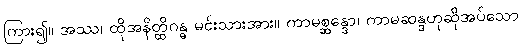
ကြား၍။ အဿ၊ ထိုအနိတ္ထိဂန္ဓ မင်းသားအား။ ကာမစ္ဆန္ဒော၊ ကာမဆန္ဒဟုဆိုအပ်သော